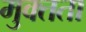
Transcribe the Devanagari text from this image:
मुक्‍तता